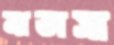
মাতাসা